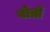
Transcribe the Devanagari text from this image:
बोत्रों